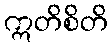
ဣတိစိတိ